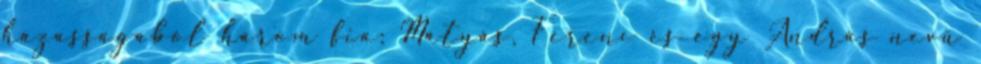
házasságából három fia: Mátyás, Ferenc és egy András nevű